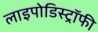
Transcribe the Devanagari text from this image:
लाइपोडिस्ट्रॉफी